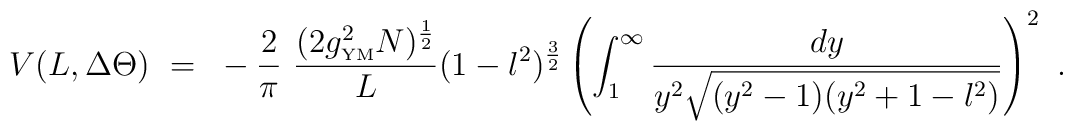
V(L,\Delta\Theta )~=~-\frac{2}{\pi}~\frac{(2g_{\mbox{\tiny YM}}^2N)^{\frac{1}{2}}}{L}(1-l^2)^{\frac{3}{2}}\left (\int _1^{\infty}\frac{dy}{y^2\sqrt{(y^2-1)(y^2+1-l^2)}}\right )^2~.